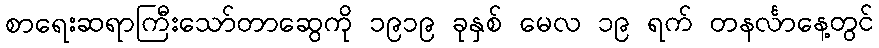
စာရေးဆရာကြီးသော်တာဆွေကို ၁၉၁၉ ခုနှစ် မေလ ၁၉ ရက် တနင်္လာနေ့တွင်